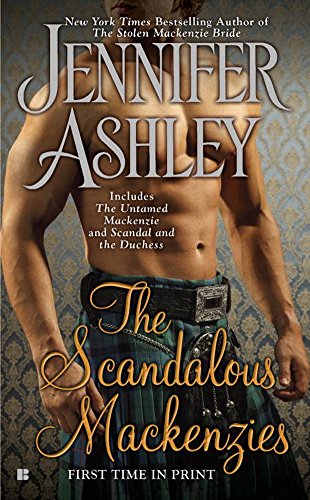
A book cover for The Scandalous Mackenzies: The Untamed Mackenzie and Scandal and the Duchess (Mackenzies Series); Jennifer Ashley; Romance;